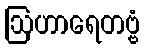
ဩဟာရေတဗ္ဗံ